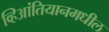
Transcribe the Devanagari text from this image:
व्हिआंतियानमधील